Civil Veterinary Department. Madras. Admin. report 1926-33 - 1926-1933
Year: 1926
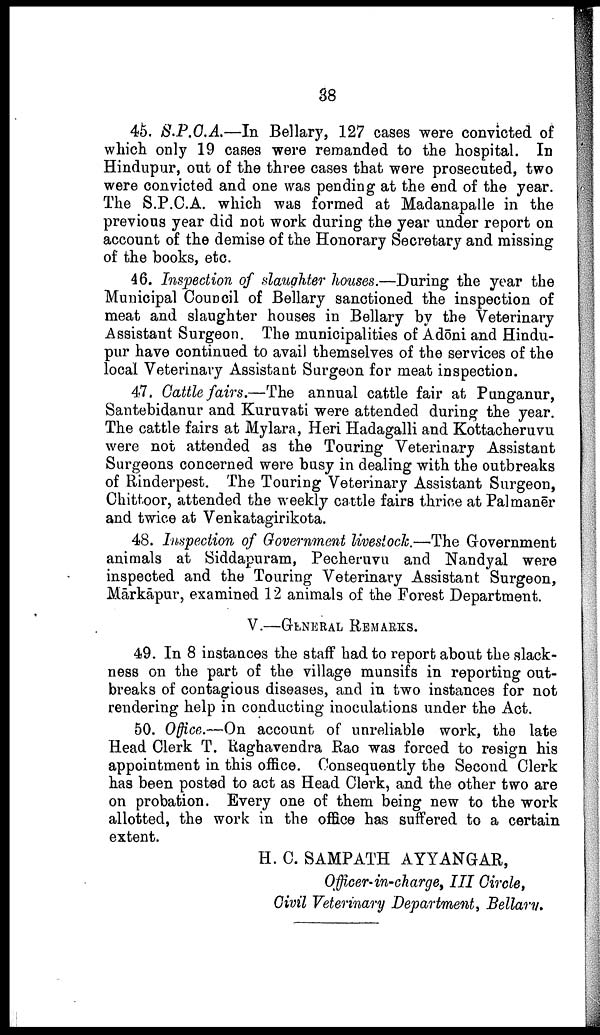
38
45. S.P.C.A.—In Bellary, 127 cases were convicted of
which only 19 cases were remanded to the hospital. In
Hindupur, out of the three cases that were prosecuted, two
were convicted and one was pending at the end of the year.
The S.P.C.A. which was formed at Madanapalle in the
previous year did not work during the year under report on
account of the demise of the Honorary Secretary and missing
of the books, etc.
46. Inspection of slaughter houses.—During the year the
Municipal Council of Bellary sanctioned the inspection of
meat and slaughter houses in Bellary by the Veterinary
Assistant Surgeon. The municipalities of Adōni and Hindu
pur have continued to avail themselves of the services of the
local Veterinary Assistant Surgeon for meat inspection.
47. Cattle fairs.—The annual cattle fair at Punganur,
Santebidanur and Kuruvati were attended during the year.
The cattle fairs at Mylara, Heri Hadagalli and Kottacheruvu
were not attended as the Touring Veterinary Assistant
Surgeons concerned were busy in dealing with the outbreaks
of Rinderpest. The Touring Veterinary Assistant Surgeon,
Chittoor, attended the weekly cattle fairs thrice at Palmanēr
and twice at Venkatagirikota.
48. Inspection of Government livestock.—The Government
animals at Siddapuram, Pecheruvu and Nandyal were
inspected and the Touring Veterinary Assistant Surgeon,
Mārkāpur, examined 12 animals of the Forest Department.
V.—GENERAL REMARKS.
49. In 8 instances the staff had to report about the slack
ness on the part of the village munsifs in reporting out
breaks of contagious diseases, and in two instances for not
rendering help in conducting inoculations under the Act.
50. Office.—On account of unreliable work, the late
Head Clerk T. Raghavendra Rao was forced to resign his
appointment in this office. Consequently the Second Clerk
has been posted to act as Head Clerk, and the other two are
on probation. Every one of them being new to the work
allotted, the work in the office has suffered to a certain
extent.
H. C. SAMPATH AYYANGAR,
Officer-in-charge, III Circle,
Civil Veterinary Department, Bellary.